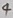
Text: 4